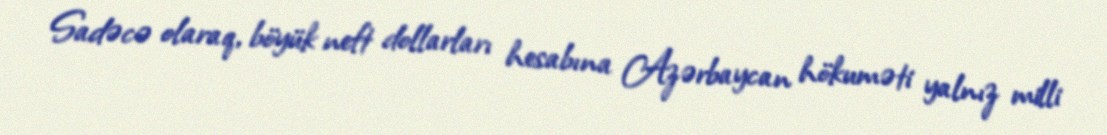
Sadəcə olaraq, böyük neft dollarları hesabına Azərbaycan hökuməti yalnız milli